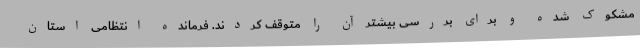
مشکوک شده و برای بررسی بیشتر آن را متوقف کردند. فرمانده انتظامی استان